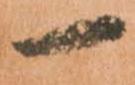
一